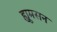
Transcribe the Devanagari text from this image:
ह्यूमसन